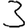
Digit: 3